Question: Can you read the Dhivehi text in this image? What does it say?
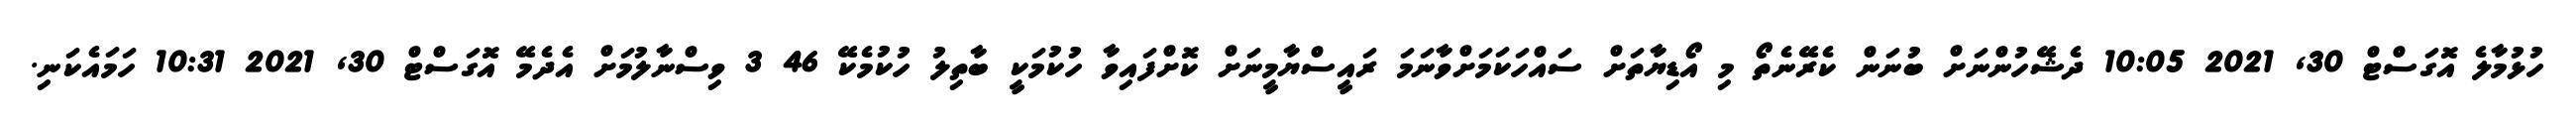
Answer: ހުޅުމާލެ އޮގަސްޓް 30, 2021 10:05 ދެޝޭހުންނަށް ބުނަން ކެރޭނެތޯ މި އޯޑިޔާތަށް ސައްހަކަމަށްވާނަމަ ރައީސްޔާމީނަށް ކޮށްފައިވާ ހުކުމަކީ ބާތިލު ހުކުމެކޭ 46 3 ވިސްނާލުމަށް އެދެމޭ އޮގަސްޓް 30, 2021 10:31 ހަމައެކަނި.